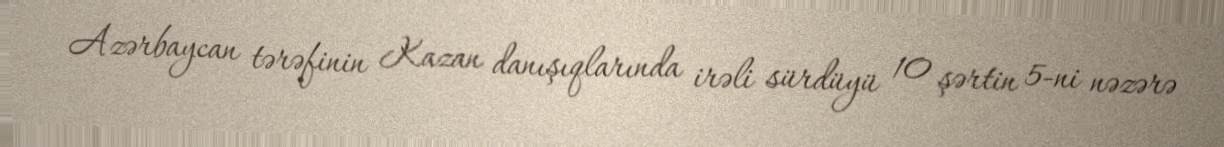
Azərbaycan tərəfinin Kazan danışıqlarında irəli sürdüyü 10 şərtin 5-ni nəzərə